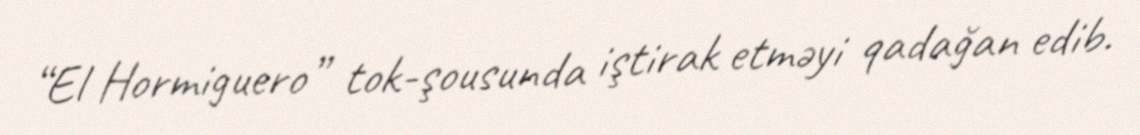
“El Hormiguero” tok-şousunda iştirak etməyi qadağan edib.